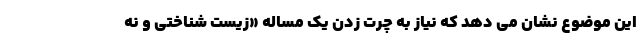
این موضوع نشان می دهد که نیاز به چرت زدن یک مساله «زیست شناختی و نه